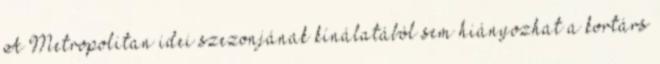
A Metropolitan idei szezonjának kínálatából sem hiányozhat a kortárs